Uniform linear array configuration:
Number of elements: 4
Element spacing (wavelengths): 0.25
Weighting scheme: kaiser
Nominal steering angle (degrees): -30
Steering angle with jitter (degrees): -29.329
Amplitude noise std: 0.05
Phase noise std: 0.05

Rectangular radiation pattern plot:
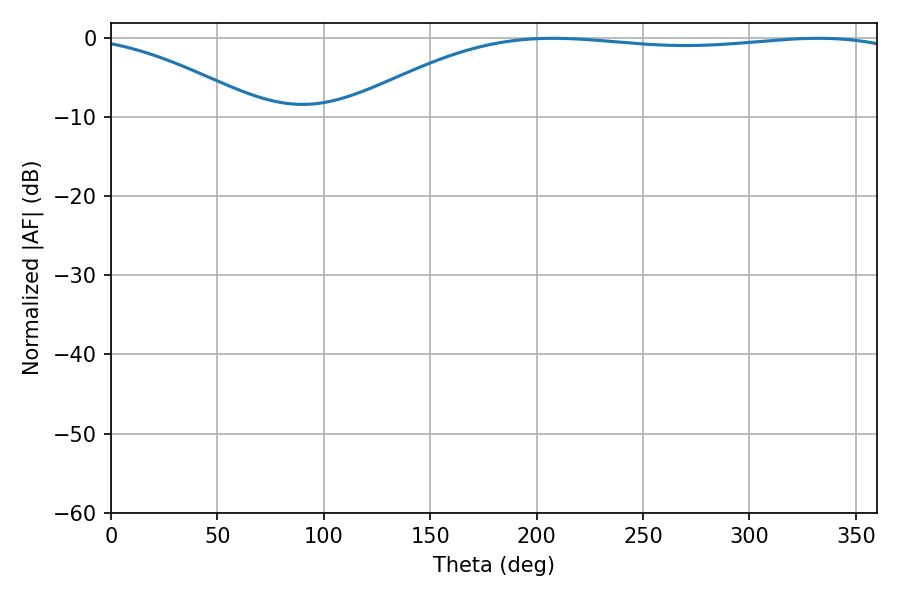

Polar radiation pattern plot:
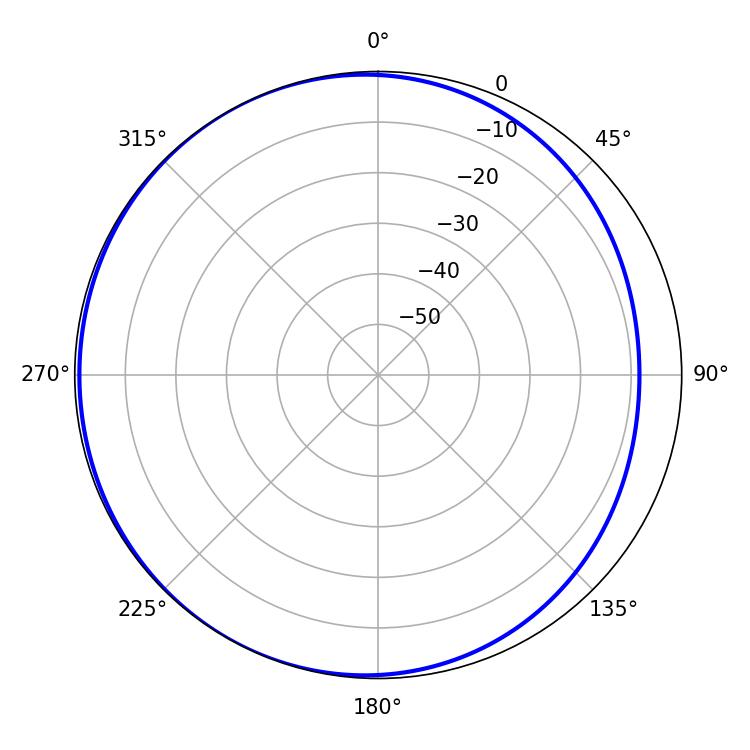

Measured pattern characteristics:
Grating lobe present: FALSE
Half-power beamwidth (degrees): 208.8
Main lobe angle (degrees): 207.72